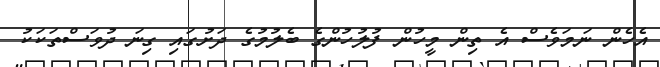
އެހެން ނަމަވެސް އެ ތިން މީހުން ފުލުހުންގެ ބެލުމުގެ ދަށުގައި ގިނަ ދުވަސްތަކަކު